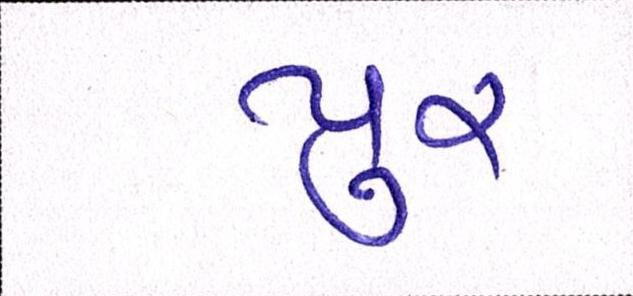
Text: પુર